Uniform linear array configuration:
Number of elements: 24
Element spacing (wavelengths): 0.5
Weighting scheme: hamming
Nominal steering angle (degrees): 0
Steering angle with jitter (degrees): -0.6888
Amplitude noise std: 0.05
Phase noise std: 0.05

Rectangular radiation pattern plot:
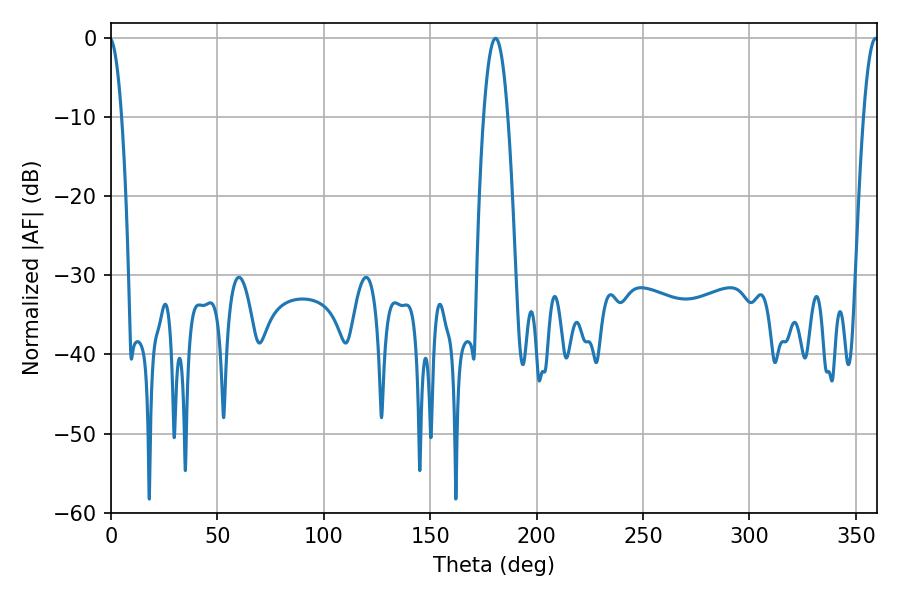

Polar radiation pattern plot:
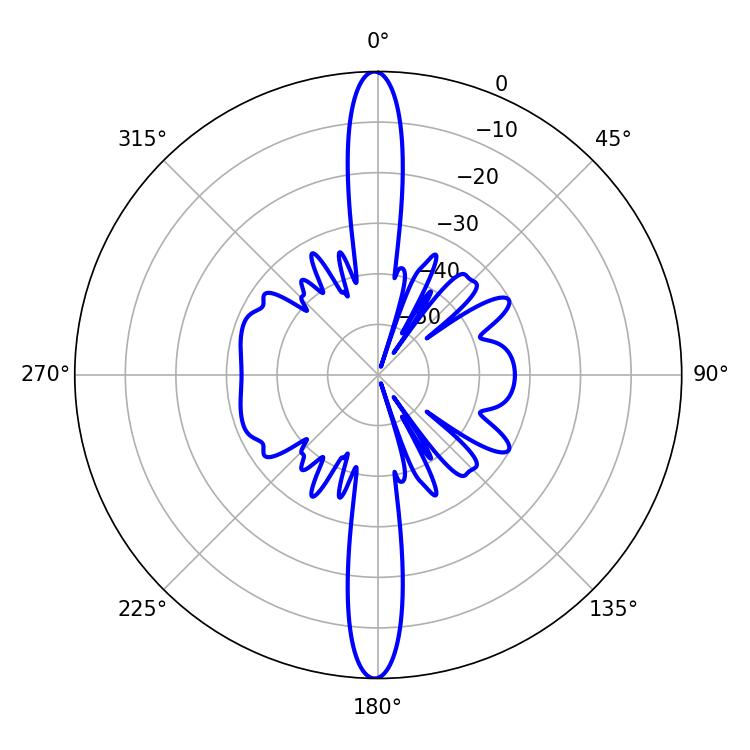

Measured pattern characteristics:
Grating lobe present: FALSE
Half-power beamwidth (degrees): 3.78
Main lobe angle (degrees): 359.28